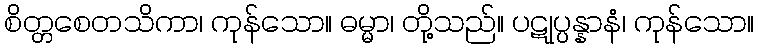
စိတ္တစေတသိကာ၊ ကုန်သော။ ဓမ္မာ၊ တို့သည်။ ပဋုပ္ပန္နာနံ၊ ကုန်သော။